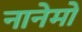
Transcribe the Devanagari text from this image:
नानेमो